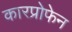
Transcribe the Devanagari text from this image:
कारप्रोफेन